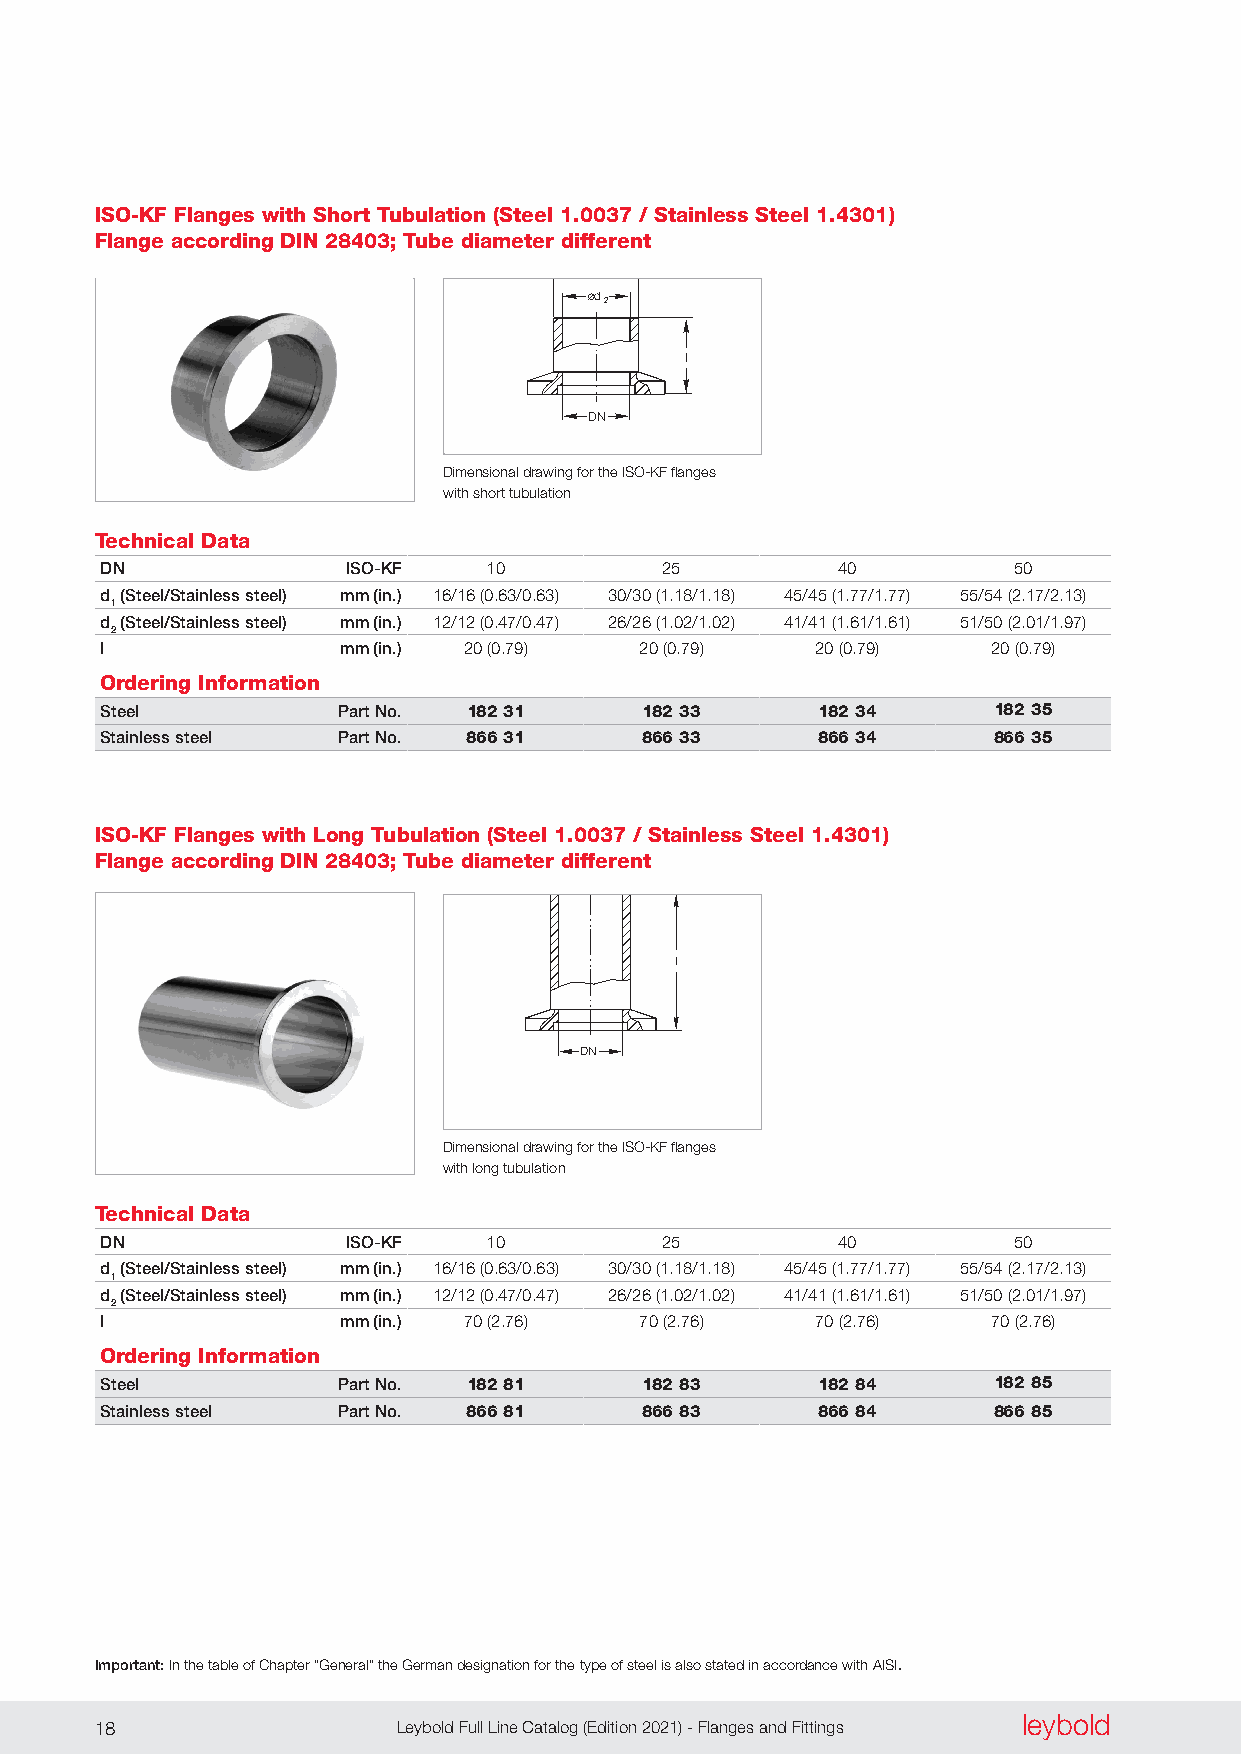
ISO-KF Flanges with Short Tubulation (Steel 1.0037 / Stainless Steel 1.4301)
 Flange according DIN 28403; Tube diameter different
 ød
 1
 ød
 2
 l
 DN
 Dimensional drawing for the ISO-KF flanges
 with short tubulation
 Technical Data
 DN              ISO-KF   10          25         40          50
 d (Steel/Stainless steel) mm (in.) 16/16 (0 .63/0 .63) 30/30 (1 .18/1 .18) 45/45 (1 .77/1 .77) 55/54 (2 .17/2 .13)
 1
 d (Steel/Stainless steel) mm (in.) 12/12 (0 .47/0 .47) 26/26 (1 .02/1 .02) 41/41 (1 .61/1 .61) 51/50 (2 .01/1 .97)
 2
 l               mm (in.) 20 (0 .79) 20 (0 .79) 20 (0 .79)  20 (0 .79)
 Ordering Information
 Steel          Part No. 182 31     182 33      182 34      182 35
 Stainless steel Part No. 866 31    866 33      866 34      866 35
 ISO-KF Flanges with Long Tubulation (Steel 1.0037 / Stainless Steel 1.4301)
 ød
 Flange according DIN 28403; Tube diameter diffe1 rent
 ød
 2
 l
 DN
 Dimensional drawing for the ISO-KF flanges
 with long tubulation
 Technical Data
 DN              ISO-KF   10          25         40          50
 d (Steel/Stainless steel) mm (in.) 16/16 (0 .63/0 .63) 30/30 (1 .18/1 .18) 45/45 (1 .77/1 .77) 55/54 (2 .17/2 .13)
 1
 d (Steel/Stainless steel) mm (in.) 12/12 (0 .47/0 .47) 26/26 (1 .02/1 .02) 41/41 (1 .61/1 .61) 51/50 (2 .01/1 .97)
 2
 l               mm (in.) 70 (2 .76) 70 (2 .76) 70 (2 .76)  70 (2 .76)
 Ordering Information
 Steel          Part No. 182 81     182 83      182 84      182 85
 Stainless steel Part No. 866 81    866 83      866 84      866 85
 Important: In the table of Chapter “General” the German designation for the type of steel is also stated in accordance with AISI.
 leybold
 18                  Leybold Full Line Catalog (Edition 2021) - Flanges and Fittings